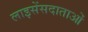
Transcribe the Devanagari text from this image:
लाइसेंसदाताओं